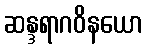
ဆန္ဒရာဂဝိနယော